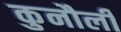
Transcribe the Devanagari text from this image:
कुनौली